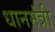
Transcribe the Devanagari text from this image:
धानमंत्री